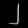
Digit: ၂